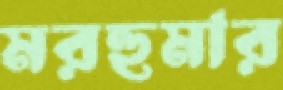
মরহুমার